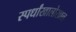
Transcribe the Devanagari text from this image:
स्पर्धांखालोखाल